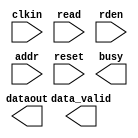

module altera_asmi_rom (
	clkin,
	read,
	rden,
	addr,
	reset,
	dataout,
	busy,
	data_valid);	

	input		clkin;
	input		read;
	input		rden;
	input	[23:0]	addr;
	input		reset;
	output	[7:0]	dataout;
	output		busy;
	output		data_valid;
endmodule